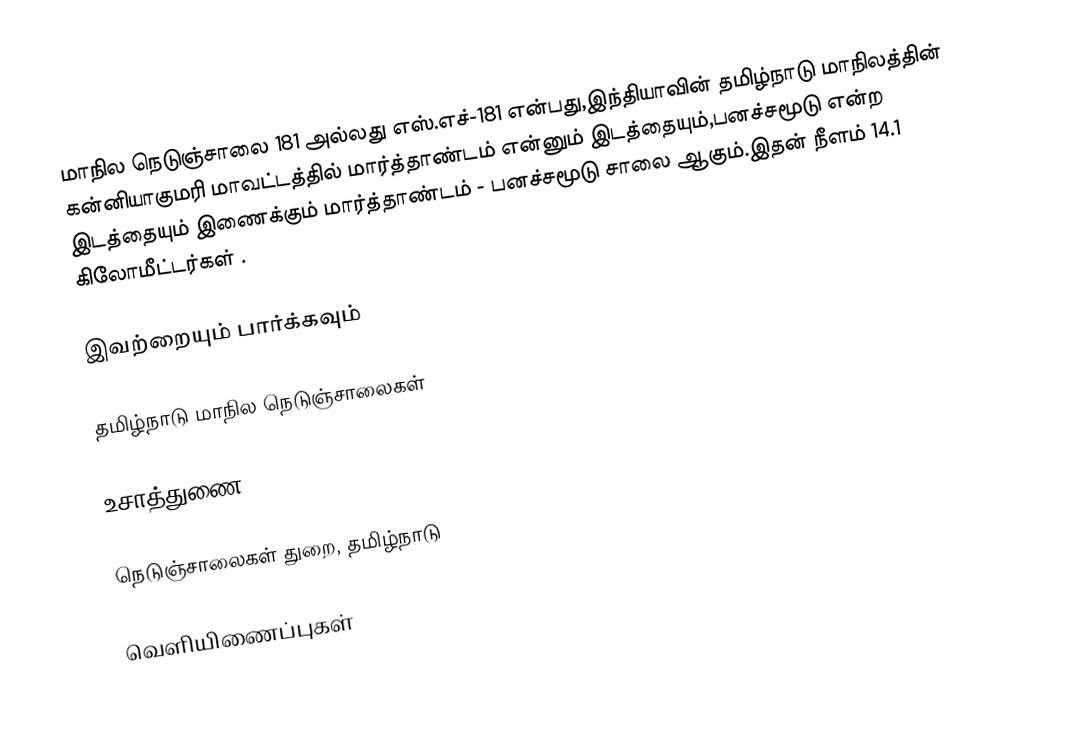
மாநில நெடுஞ்சாலை 181 அல்லது எஸ்.எச்-181  என்பது,இந்தியாவின் தமிழ்நாடு மாநிலத்தின்  கன்னியாகுமரி மாவட்டத்தில்  மார்த்தாண்டம்  என்னும் இடத்தையும்,பனச்சமூடு  என்ற இடத்தையும் இணைக்கும் மார்த்தாண்டம் - பனச்சமூடு சாலை ஆகும்.இதன் நீளம் 14.1  கிலோமீட்டர்கள் .

இவற்றையும் பார்க்கவும்

 தமிழ்நாடு மாநில நெடுஞ்சாலைகள்

உசாத்துணை

 நெடுஞ்சாலைகள் துறை, தமிழ்நாடு

வெளியிணைப்புகள்